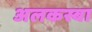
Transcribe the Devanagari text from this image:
अलकस्बा